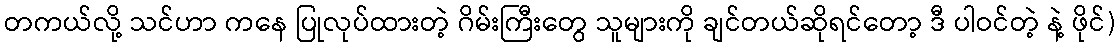
တကယ်လို့ သင်ဟာ ကနေ ပြုလုပ်ထားတဲ့ ဂိမ်းကြီးတွေ သူများကို ချင်တယ်ဆိုရင်တော့ ဒီ ပါဝင်တဲ့ နဲ့ ဖိုင်)